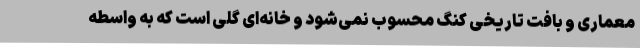
معماری و بافت تاریخی کنگ محسوب نمی‌شود و خانه‌ای گلی است که به واسطه